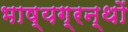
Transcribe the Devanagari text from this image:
भाष्यग्रन्थों